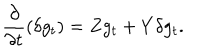
LaTeX: \frac { \partial } { \partial t } ( \delta g _ { t } ) = Z g _ { t } + Y \delta g _ { t } .